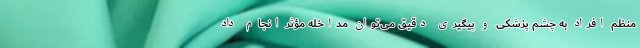
منظم افراد به چشم پزشکی و پیگیری دقیق می‌توان مداخله مؤثر انجام داد